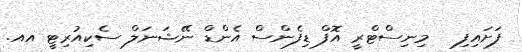
ފަށައިފި   މިނިސްޓްރީ އޮފް ޑިފެންސް އެންޑް ނޭޝަނަލް ސެކިއުރިޓީ އއ.